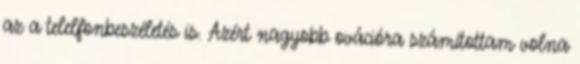
az a telelfonbeszéletés is. Azért nagyobb ovációra számítottam volna